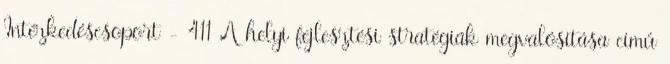
Intézkedéscsoport - 411 A helyi fejlesztési stratégiák megvalósítása című